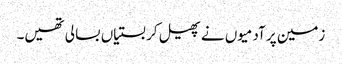
زمین پر آدمیوں نے پھیل کر بستیاں بسا لی تھیں۔